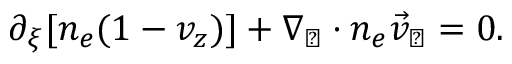
\begin{array} { r } { \partial _ { \xi } [ n _ { e } ( 1 - v _ { z } ) ] + \nabla _ { \perp } \cdot n _ { e } \vec { v } _ { \perp } = 0 . } \end{array}